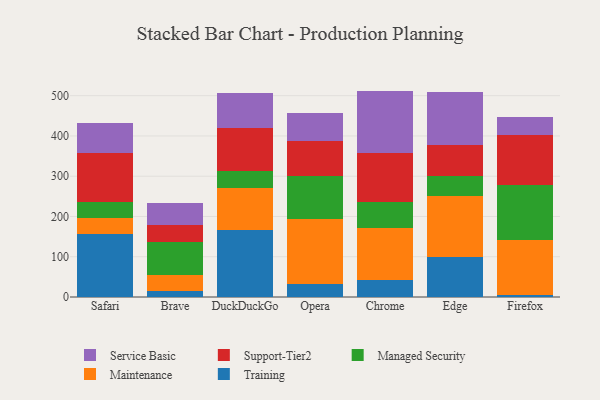
{"axis": {"x": "Browser", "y": "Headcount"}, "legend": ["Maintenance", "Managed Security", "Service Basic", "Support-Tier2", "Training"], "data": [{"x": "Safari", "y": 157.6, "type": "Training"}, {"x": "Safari", "y": 39.8, "type": "Maintenance"}, {"x": "Safari", "y": 37.9, "type": "Managed Security"}, {"x": "Safari", "y": 123.5, "type": "Support-Tier2"}, {"x": "Safari", "y": 73.8, "type": "Service Basic"}, {"x": "Brave", "y": 13.7, "type": "Training"}, {"x": "Brave", "y": 40.6, "type": "Maintenance"}, {"x": "Brave", "y": 82.5, "type": "Managed Security"}, {"x": "Brave", "y": 42.3, "type": "Support-Tier2"}, {"x": "Brave", "y": 54.1, "type": "Service Basic"}, {"x": "DuckDuckGo", "y": 165.9, "type": "Training"}, {"x": "DuckDuckGo", "y": 104.0, "type": "Maintenance"}, {"x": "DuckDuckGo", "y": 43.0, "type": "Managed Security"}, {"x": "DuckDuckGo", "y": 106.3, "type": "Support-Tier2"}, {"x": "DuckDuckGo", "y": 88.6, "type": "Service Basic"}, {"x": "Opera", "y": 31.8, "type": "Training"}, {"x": "Opera", "y": 161.1, "type": "Maintenance"}, {"x": "Opera", "y": 107.5, "type": "Managed Security"}, {"x": "Opera", "y": 86.7, "type": "Support-Tier2"}, {"x": "Opera", "y": 69.0, "type": "Service Basic"}, {"x": "Chrome", "y": 41.6, "type": "Training"}, {"x": "Chrome", "y": 129.1, "type": "Maintenance"}, {"x": "Chrome", "y": 64.7, "type": "Managed Security"}, {"x": "Chrome", "y": 121.3, "type": "Support-Tier2"}, {"x": "Chrome", "y": 155.3, "type": "Service Basic"}, {"x": "Edge", "y": 99.4, "type": "Training"}, {"x": "Edge", "y": 150.7, "type": "Maintenance"}, {"x": "Edge", "y": 50.6, "type": "Managed Security"}, {"x": "Edge", "y": 76.8, "type": "Support-Tier2"}, {"x": "Edge", "y": 131.3, "type": "Service Basic"}, {"x": "Firefox", "y": 5.5, "type": "Training"}, {"x": "Firefox", "y": 137.0, "type": "Maintenance"}, {"x": "Firefox", "y": 136.1, "type": "Managed Security"}, {"x": "Firefox", "y": 122.6, "type": "Support-Tier2"}, {"x": "Firefox", "y": 45.8, "type": "Service Basic"}]}